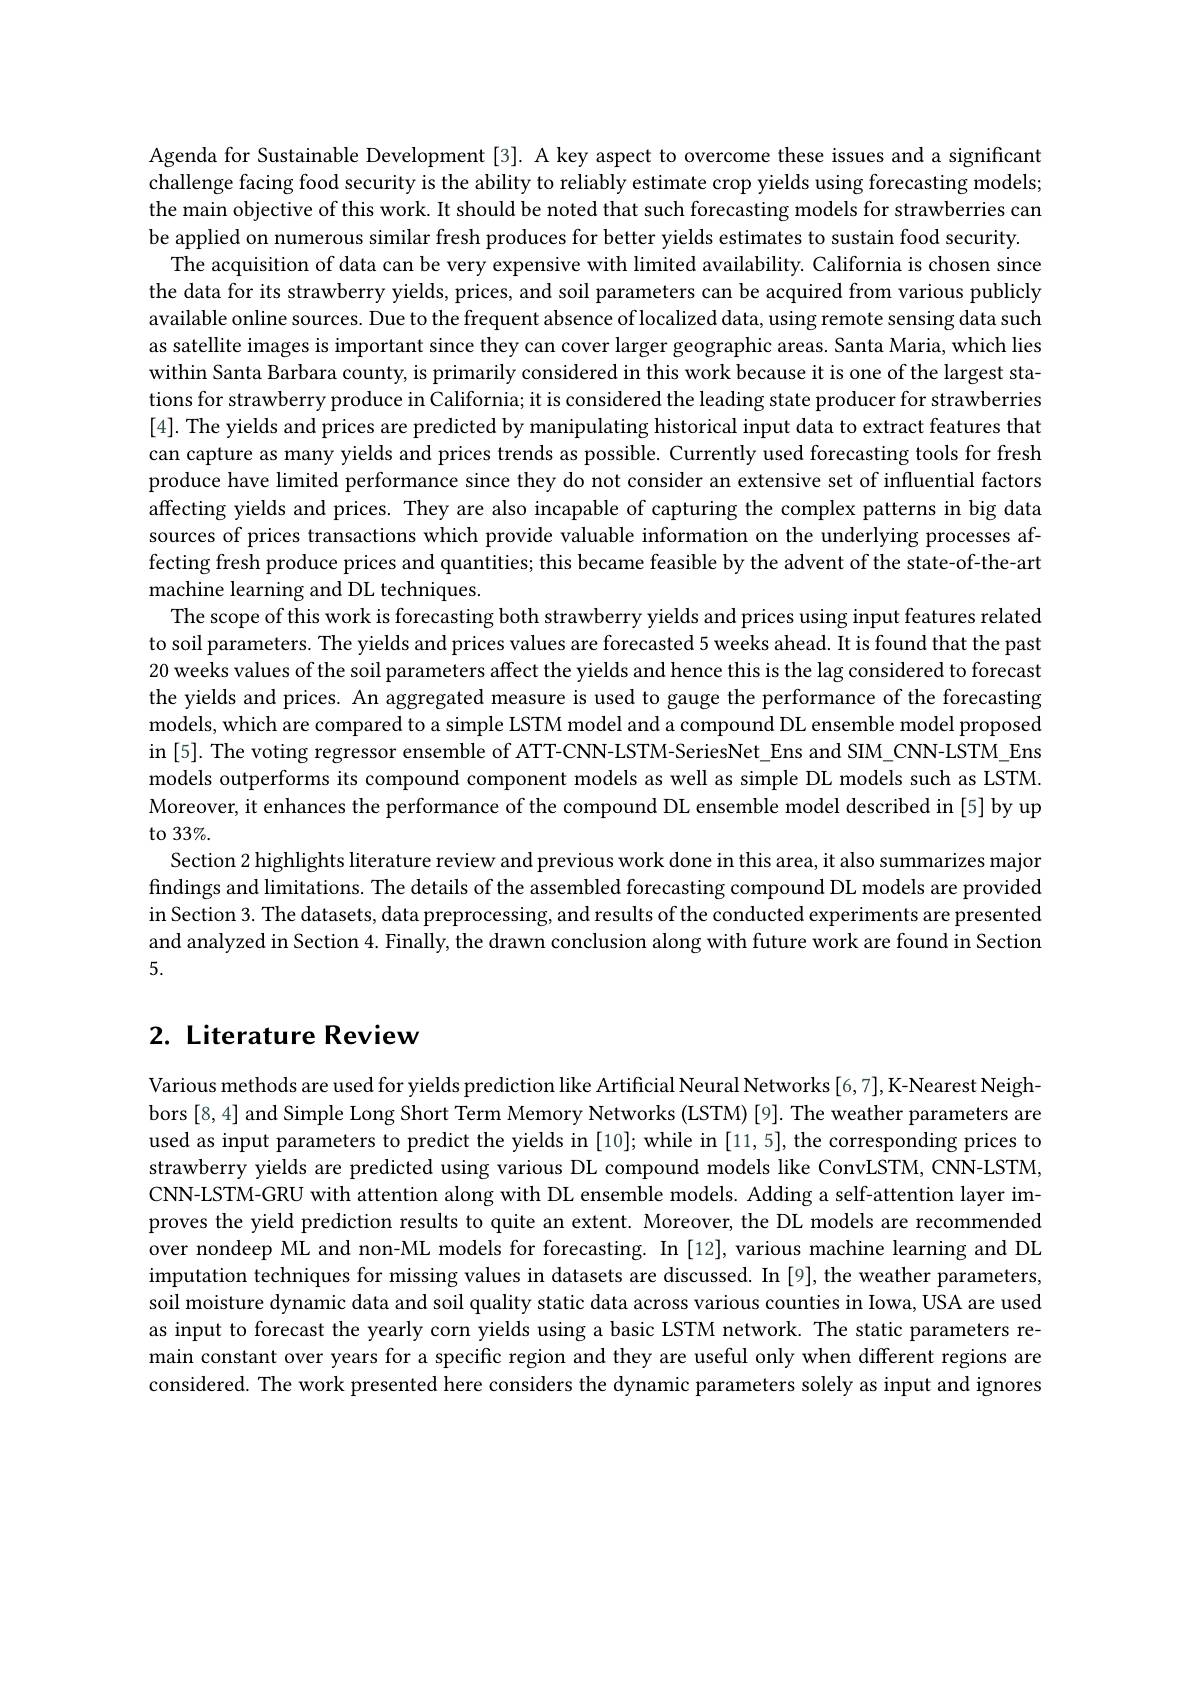
Agenda for Sustainable Development [3]. A key aspect to overcome these issues and a significant challenge facing food security is the ability to reliably estimate crop yields using forecasting models; the main objective of this work. It should be noted that such forecasting models for strawberries can be applied on numerous similar fresh produces for better yields estimates to sustain food security.
The acquisition of data can be very expensive with limited availability. California is chosen since the data for its strawberry yields, prices, and soil parameters can be acquired from various publicly available online sources. Due to the frequent absence of localized data, using remote sensing data such as satellite images is important since they can cover larger geographic areas. Santa Maria, which lies within Santa Barbara county, is primarily considered in this work because it is one of the largest stations for strawberry produce in California; it is considered the leading state producer for strawberries [4]. The yields and prices are predicted by manipulating historical input data to extract features that can capture as many yields and prices trends as possible. Currently used forecasting tools for fresh produce have limited performance since they do not consider an extensive set of influential factors affecting yields and prices. They are also incapable of capturing the complex patterns in big data sources of prices transactions which provide valuable information on the underlying processes affecting fresh produce prices and quantities; this became feasible by the advent of the state-of-the-art machine learning and DL techniques.
The scope of this work is forecasting both strawberry yields and prices using input features related to soil parameters. The yields and prices values are forecasted 5 weeks ahead. It is found that the past 20 weeks values of the soil parameters affect the yields and hence this is the lag considered to forecast the yields and prices. An aggregated measure is used to gauge the performance of the forecasting models, which are compared to a simple LSTM model and a compound DL ensemble model proposed in [5]. The voting regressor ensemble of ATT-CNN-LSTM-SeriesNet\_Ens and SIM\_CNN-LSTM\_Ens models outperforms its compound component models as well as simple DL models such as LSTM. Moreover, it enhances the performance of the compound DL ensemble model described in [5] by up to 33%.
Section 2 highlights literature review and previous work done in this area, it also summarizes major findings and limitations. The details of the assembled forecasting compound DL models are provided in Section 3. The datasets, data preprocessing, and results of the conducted experiments are presented and analyzed in Section 4. Finally, the drawn conclusion along with future work are found in Section 5.

# 2. Literature Review

Various methods are used for yields prediction like Artificial Neural Networks [6,7],K-Nearest Neighbors [8,4] and Simple Long Short Term Memory Networks (LSTM) [9]. The weather parameters are used as input parameters to predict the yields in [10]; while in [11,5], the corresponding prices to strawberry yields are predicted using various DL compound models like ConvLSTM, CNN-LSTM, CNN-LSTM-GRU with attention along with DL ensemble models. Adding a self-attention layer improves the yield prediction results to quite an extent. Moreover, the DL models are recommended over nondeep ML and non-ML models for forecasting. In [12], various machine learning and DL imputation techniques for missing values in datasets are discussed. In [9], the weather parameters, soil moisture dynamic data and soil quality static data across various counties in Iowa, USA are used as input to forecast the yearly corn yields using a basic LSTM network. The static parameters remain constant over years for a specific region and they are useful only when different regions are considered. The work presented here considers the dynamic parameters solely as input and ignores